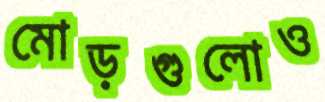
মোড়গুলোও